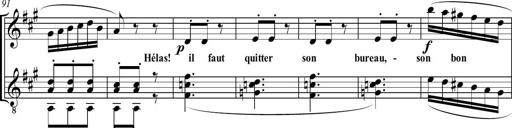
Title: Sonatine bureaucratique
Composer: Erik Satie